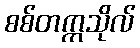
စစ်တက္ကသိုလ်